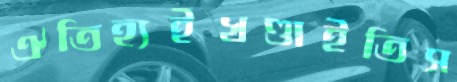
ঐতিহ্যইখণ্ডাইতিস